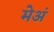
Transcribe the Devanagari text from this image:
मेअं